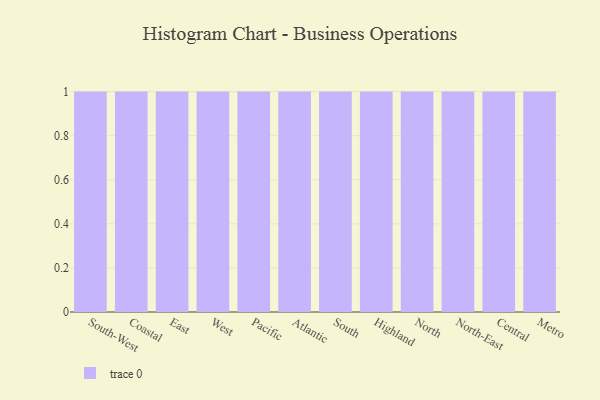
{"axis": {"x": "Region", "y": "Active Users"}, "legend": [""], "data": [{"x": "South-West", "y": 5, "type": ""}, {"x": "Coastal", "y": 15, "type": ""}, {"x": "East", "y": 94, "type": ""}, {"x": "West", "y": 94, "type": ""}, {"x": "Pacific", "y": 12, "type": ""}, {"x": "Atlantic", "y": 82, "type": ""}, {"x": "South", "y": 10, "type": ""}, {"x": "Highland", "y": 30, "type": ""}, {"x": "North", "y": 16, "type": ""}, {"x": "North-East", "y": 80, "type": ""}, {"x": "Central", "y": 80, "type": ""}, {"x": "Metro", "y": 15, "type": ""}]}